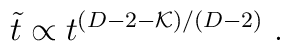
\tilde{t} \propto t^{(D-2-{\cal K})/(D-2)} \ .